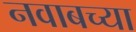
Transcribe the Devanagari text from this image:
नवाबच्या